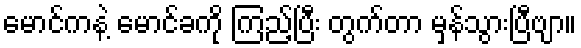
မောင်ကနဲ့ မောင်ခကို ကြည့်ပြီး တွက်တာ မှန်သွားပြီဗျာ။